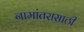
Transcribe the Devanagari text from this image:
नामांतरासाठी